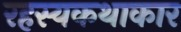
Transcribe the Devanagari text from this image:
रहस्यकथाकार